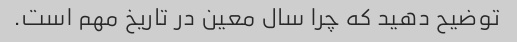
توضیح دهید که چرا سال معین در تاریخ مهم است.